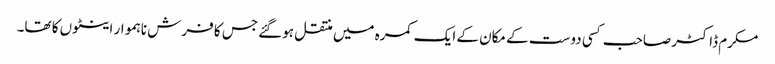
مکرم ڈاکٹر صاحب کسی دوست کے مکان کے ایک کمرہ میں منتقل ہوگئے جس کا فرش ناہموار اینٹوں کا تھا۔